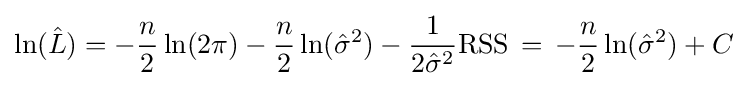
\ln({\hat {L}})=-{\frac {n}{2}}\ln(2\pi )-{\frac {n}{2}}\ln({\hat {\sigma }}^{2})-{\frac {1}{2{\hat {\sigma }}^{2}}}\mathrm {RSS} \,=\,-{\frac {n}{2}}\ln({\hat {\sigma }}^{2})+C